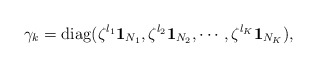
\begin{align*}\gamma_k={\rm diag}(\zeta^{l_1}{\bf 1}_{N_{1}},\zeta^{l_2}{\bf 1}_{N_{2}},\cdots,\zeta^{l_K}{\bf 1}_{N_K}),\end{align*}